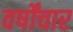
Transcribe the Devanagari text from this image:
वर्षोंचार